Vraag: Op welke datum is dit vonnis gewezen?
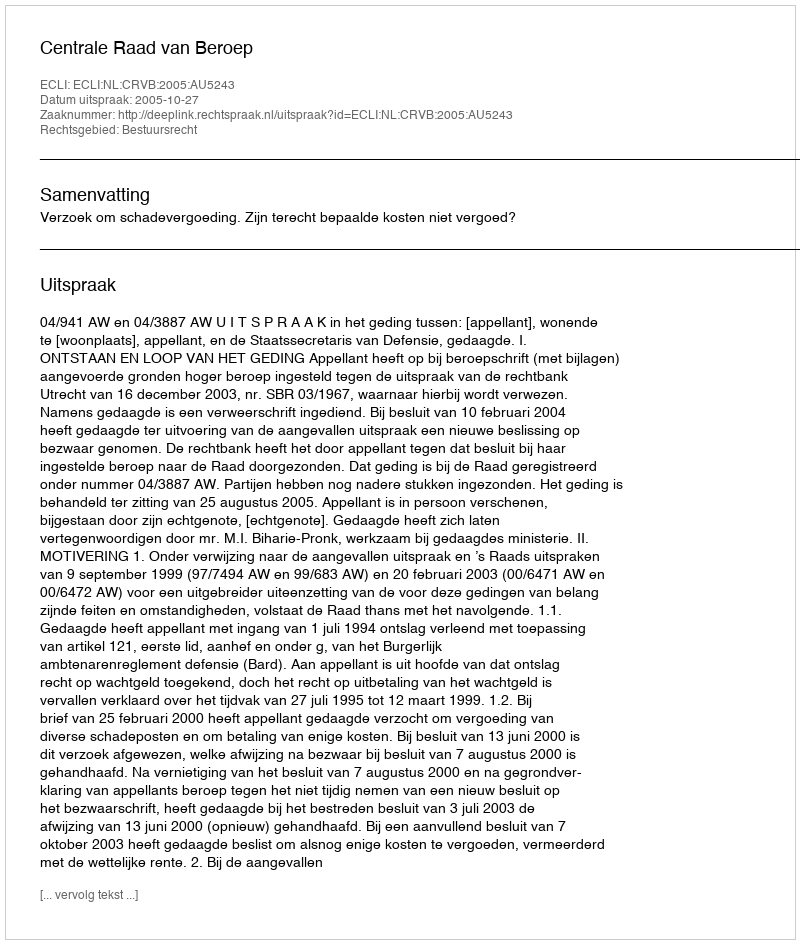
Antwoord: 2005-10-27